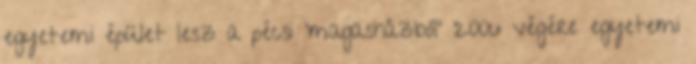
egyetemi épület lesz a pécsi 'magasházból' 2006 végére egyetemi